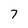
Character: 7